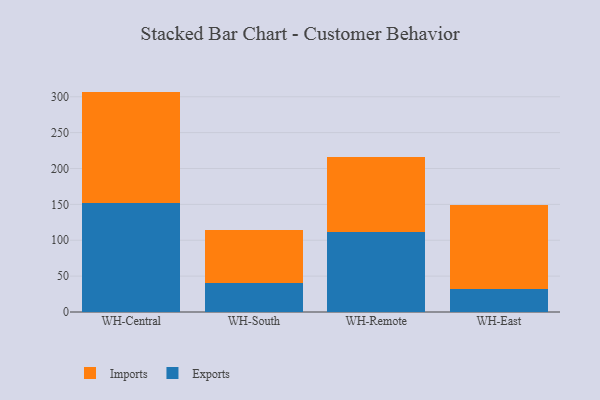
{"axis": {"x": "Warehouse", "y": "Temperature (°C)"}, "legend": ["Exports", "Imports"], "data": [{"x": "WH-Central", "y": 151.8, "type": "Exports"}, {"x": "WH-Central", "y": 155.4, "type": "Imports"}, {"x": "WH-South", "y": 40.2, "type": "Exports"}, {"x": "WH-South", "y": 74.7, "type": "Imports"}, {"x": "WH-Remote", "y": 111.4, "type": "Exports"}, {"x": "WH-Remote", "y": 104.4, "type": "Imports"}, {"x": "WH-East", "y": 31.5, "type": "Exports"}, {"x": "WH-East", "y": 117.8, "type": "Imports"}]}